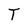
Character: T